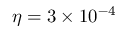
\eta = 3 \times 1 0 ^ { - 4 }